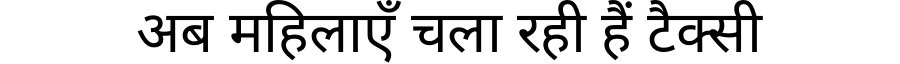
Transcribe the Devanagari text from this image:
अब महिलाएँ चला रही हैं टैक्सी